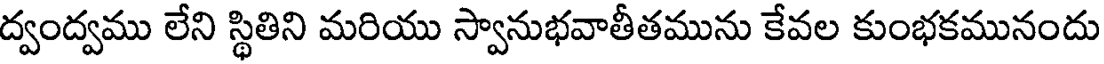
ద్వంద్వము లేని స్థితిని మరియు స్వానుభవాతీతమును కేవల కుంభకమునందు